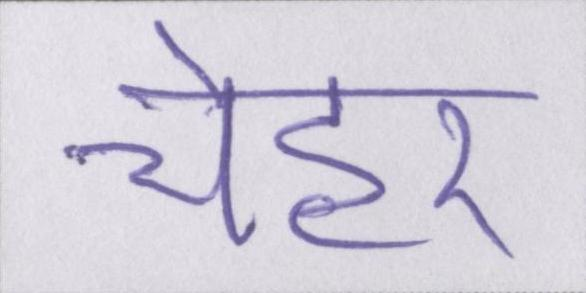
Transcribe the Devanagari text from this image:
चेहरे